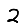
Digit: 2